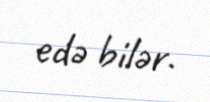
edə bilər.